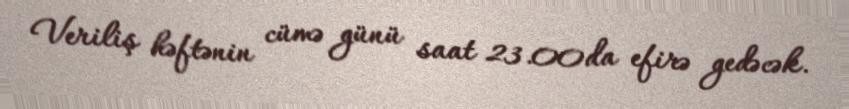
Veriliş həftənin cümə günü saat 23.00da efirə gedəcək.